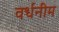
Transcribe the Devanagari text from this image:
वर्धनीम